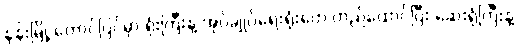
နန်းမြို့ တောင်ပြင်မှာ ရုံးကြီးနဲ့ အုပ်ချုပ်ရေးရုံးတွေ တည်ထောင်ပြီး ဆေးရုံကြီးနဲ့